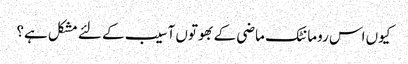
کیوں اس رومانٹک ماضی کے بھوتوں آسیب کے لئے مشکل ہے؟